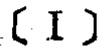
$(\mathrm{I})$